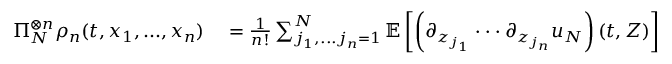
\begin{array} { r l } { \Pi _ { N } ^ { \otimes n } \rho _ { n } ( t , x _ { 1 } , . . . , x _ { n } ) } & { { } = \frac { 1 } { n ! } \sum _ { j _ { 1 } , . . . j _ { n } = 1 } ^ { N } \mathbb { E } \left[ \left( \partial _ { z _ { j _ { 1 } } } \cdot \cdot \cdot \partial _ { z _ { j _ { n } } } u _ { N } \right) ( t , Z ) \right] \xi _ { j _ { 1 } } ( x _ { 1 } ) \cdot \cdot \cdot \xi _ { j _ { n } } ( x _ { n } ) } \end{array}